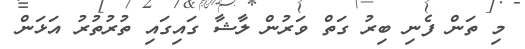
މި ތަން ފެނި ބިރު ގަތް ވަރުން ލާޝާ ގައިގައި ތުރުތުރު އަޅަން